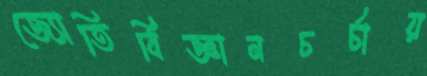
জ্যোতির্বিজ্ঞানচর্চায়